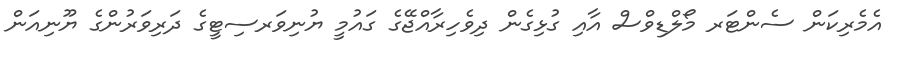
އެމެރިކަން ސެންޓަރ މޯލްޑިވްސް އާއި ގުޅިގެން ދިވެހިރާއްޖޭގެ ގައުމީ ޔުނިވަރސިޓީގެ ދަރިވަރުންގެ ޔޫނިއަން